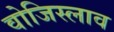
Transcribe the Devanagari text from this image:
वोजिस्लाव